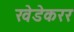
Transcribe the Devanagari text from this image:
खेडेकरर